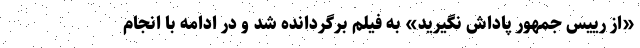
«از رییس جمهور پاداش نگیرید» به فیلم برگردانده شد و در ادامه با انجام